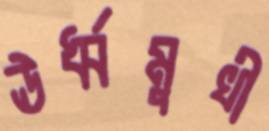
ঊর্ধ্বমুখী